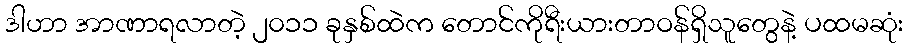
ဒါဟာ အာဏာရလာတဲ့ ၂၀၁၁ ခုနှစ်ထဲက တောင်ကိုရီးယားတာဝန်ရှိသူတွေနဲ့ ပထမဆုံး